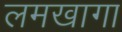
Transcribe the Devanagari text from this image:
लमखागा